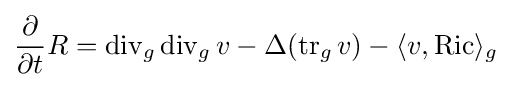
{\frac {\partial }{\partial t}}R=\operatorname {div} _{g}\operatorname {div} _{g}v-\Delta (\operatorname {tr} _{g}v)-\langle v,\operatorname {Ric} \rangle _{g}